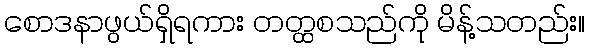
စောဒနာဖွယ်ရှိရကား တတ္ထစသည်ကို မိန့်သတည်း။